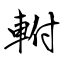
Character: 軵